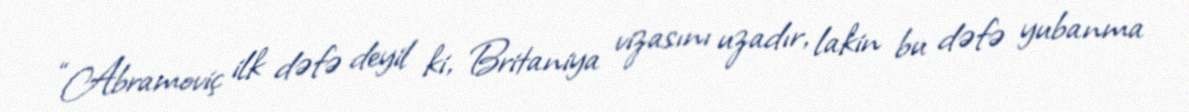
“Abramoviç ilk dəfə deyil ki, Britaniya vizasını uzadır, lakin bu dəfə yubanma